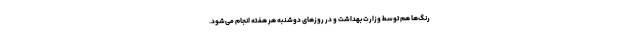
رنگ‌ها هم توسط وزارت بهداشت و در روز‌های دوشنبه هر هفته انجام می‌شود.